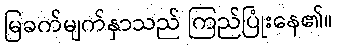
မြခက်မျက်နှာသည် ကြည်ပြုံးနေ၏။